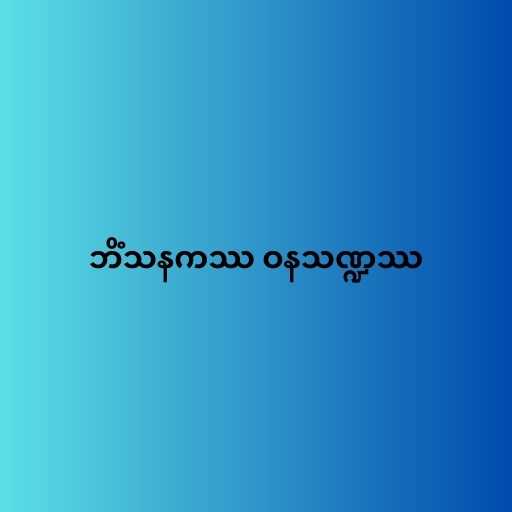
ဘိံသနကဿ ဝနသဏ္ဍဿ